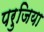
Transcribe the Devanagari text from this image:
परुजिया